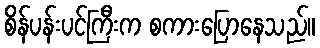
စိန်ပန်းပင်ကြီးက စကားပြောနေသည်။